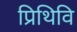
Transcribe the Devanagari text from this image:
प्रिथिवि